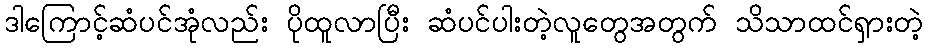
ဒါကြောင့်ဆံပင်အုံလည်း ပိုထူလာပြီး ဆံပင်ပါးတဲ့လူတွေအတွက် သိသာထင်ရှားတဲ့